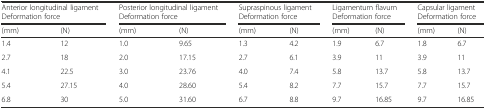
<table><thead><tr><td colspan="2"><b>Anterior longitudinal ligament</b></td><td colspan="2"><b>Posterior longitudinal ligament</b></td><td colspan="2"><b>Supraspinous ligament</b></td><td colspan="2"><b>Ligamentum flavum</b></td><td colspan="2"><b>Capsular ligament</b></td></tr><tr><td colspan="2"><b>Deformation force</b></td><td colspan="2"><b>Deformation force</b></td><td colspan="2"><b>Deformation force</b></td><td colspan="2"><b>Deformation force</b></td><td colspan="2"><b>Deformation force</b></td></tr><tr><td><b>(mm)</b></td><td><b>(N)</b></td><td><b>(mm)</b></td><td><b>(N)</b></td><td><b>(mm)</b></td><td><b>(N)</b></td><td><b>(mm)</b></td><td><b>(N)</b></td><td><b>(mm)</b></td><td><b>(N)</b></td></tr></thead><tbody><tr><td>1.4</td><td>12</td><td>1.0</td><td>9.65</td><td>1.3</td><td>4.2</td><td>1.9</td><td>6.7</td><td>1.8</td><td>6.7</td></tr><tr><td>2.7</td><td>18</td><td>2.0</td><td>17.15</td><td>2.7</td><td>6.1</td><td>3.9</td><td>11</td><td>3.9</td><td>11</td></tr><tr><td>4.1</td><td>22.5</td><td>3.0</td><td>23.76</td><td>4.0</td><td>7.4</td><td>5.8</td><td>13.7</td><td>5.8</td><td>13.7</td></tr><tr><td>5.4</td><td>27.15</td><td>4.0</td><td>28.60</td><td>5.4</td><td>8.2</td><td>7.7</td><td>15.7</td><td>7.7</td><td>15.7</td></tr><tr><td>6.8</td><td>30</td><td>5.0</td><td>31.60</td><td>6.7</td><td>8.8</td><td>9.7</td><td>16.85</td><td>9.7</td><td>16.85</td></tr></tbody></table>